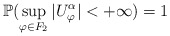
\begin{align*}\mathbb{P}(\sup_{\varphi\in F_2}|U_{\varphi}^{\alpha}| < + \infty) = 1\end{align*}